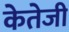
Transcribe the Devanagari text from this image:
केतेजी